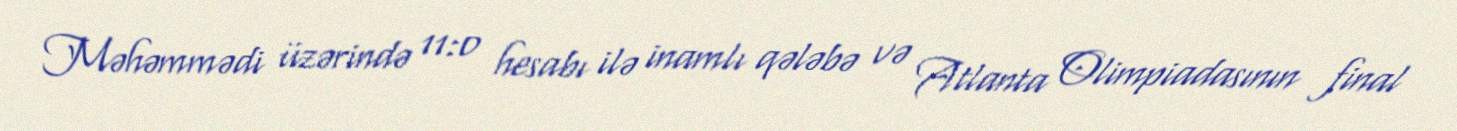
Məhəmmədi üzərində 11:0 hesabı ilə inamlı qələbə və Atlanta Olimpiadasının final